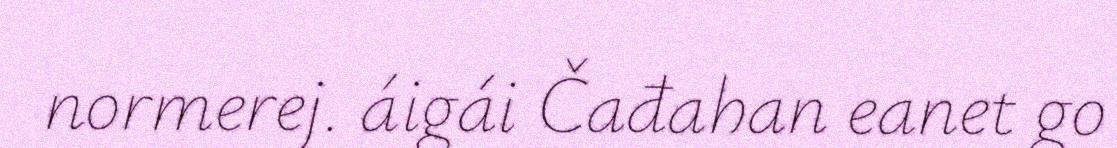
normerej. áigái Čađahan eanet go